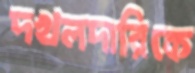
দখলদারিকে